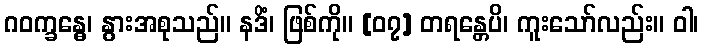
ဂဝက္ခန္ဓေ၊ နွားအစုသည်။ နဒိံ၊ ဖြစ်ကို။ [၀၇] တရန္တေပိ၊ ကူးသော်လည်း။ ဝါ၊